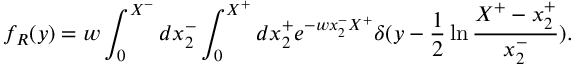
f _ { R } ( y ) = w \int _ { 0 } ^ { X ^ { - } } d x _ { 2 } ^ { - } \int _ { 0 } ^ { X ^ { + } } d x _ { 2 } ^ { + } e ^ { - w x _ { 2 } ^ { - } X ^ { + } } \delta ( y - { \frac { 1 } { 2 } } \ln { \frac { X ^ { + } - x _ { 2 } ^ { + } } { x _ { 2 } ^ { - } } } ) .